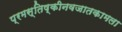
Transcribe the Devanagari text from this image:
प्रमस्तिष्कीनवजातकामला